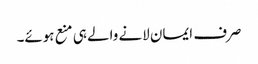
صرف ایمان لانے والے ہی منع ہوئے۔